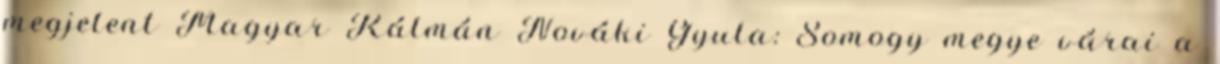
megjelent Magyar Kálmán Nováki Gyula: Somogy megye várai a